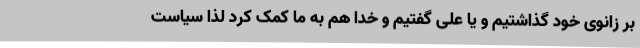
بر زانوی خود گذاشتیم و یا علی گفتیم و خدا هم به ما کمک کرد لذا سیاست